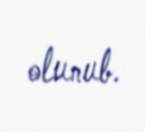
olunub.